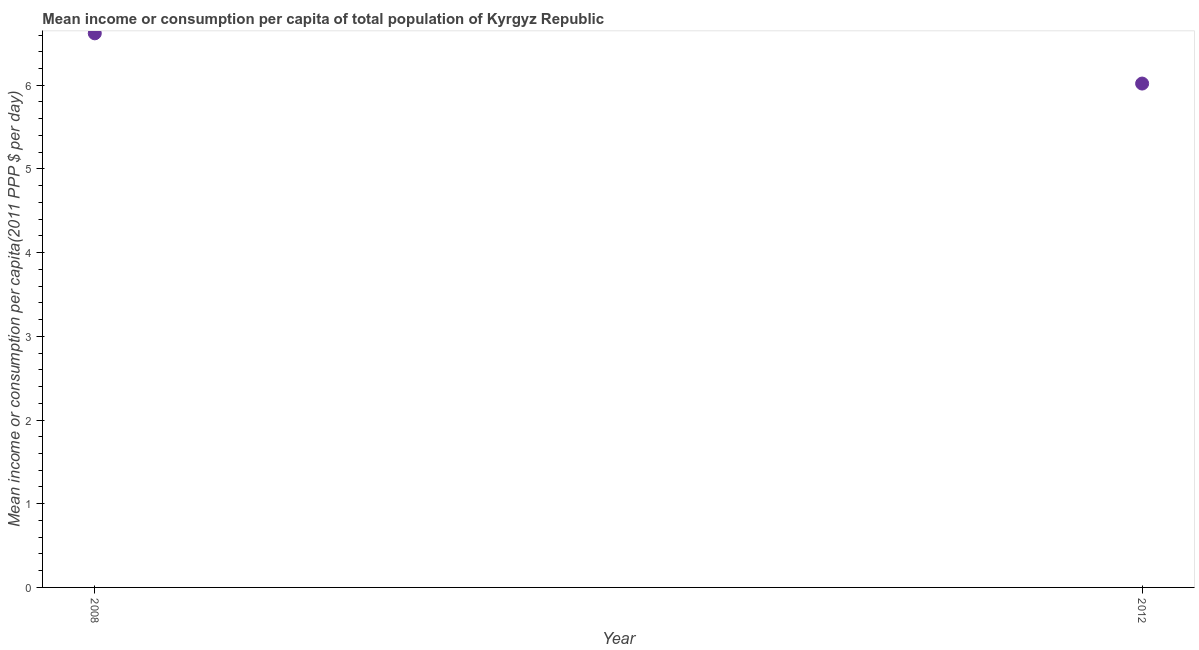
| Year | Total population |
 | --- | --- |
 | 2008 | 6.62 |
 | 2012 | 6.02 |